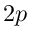
2 p